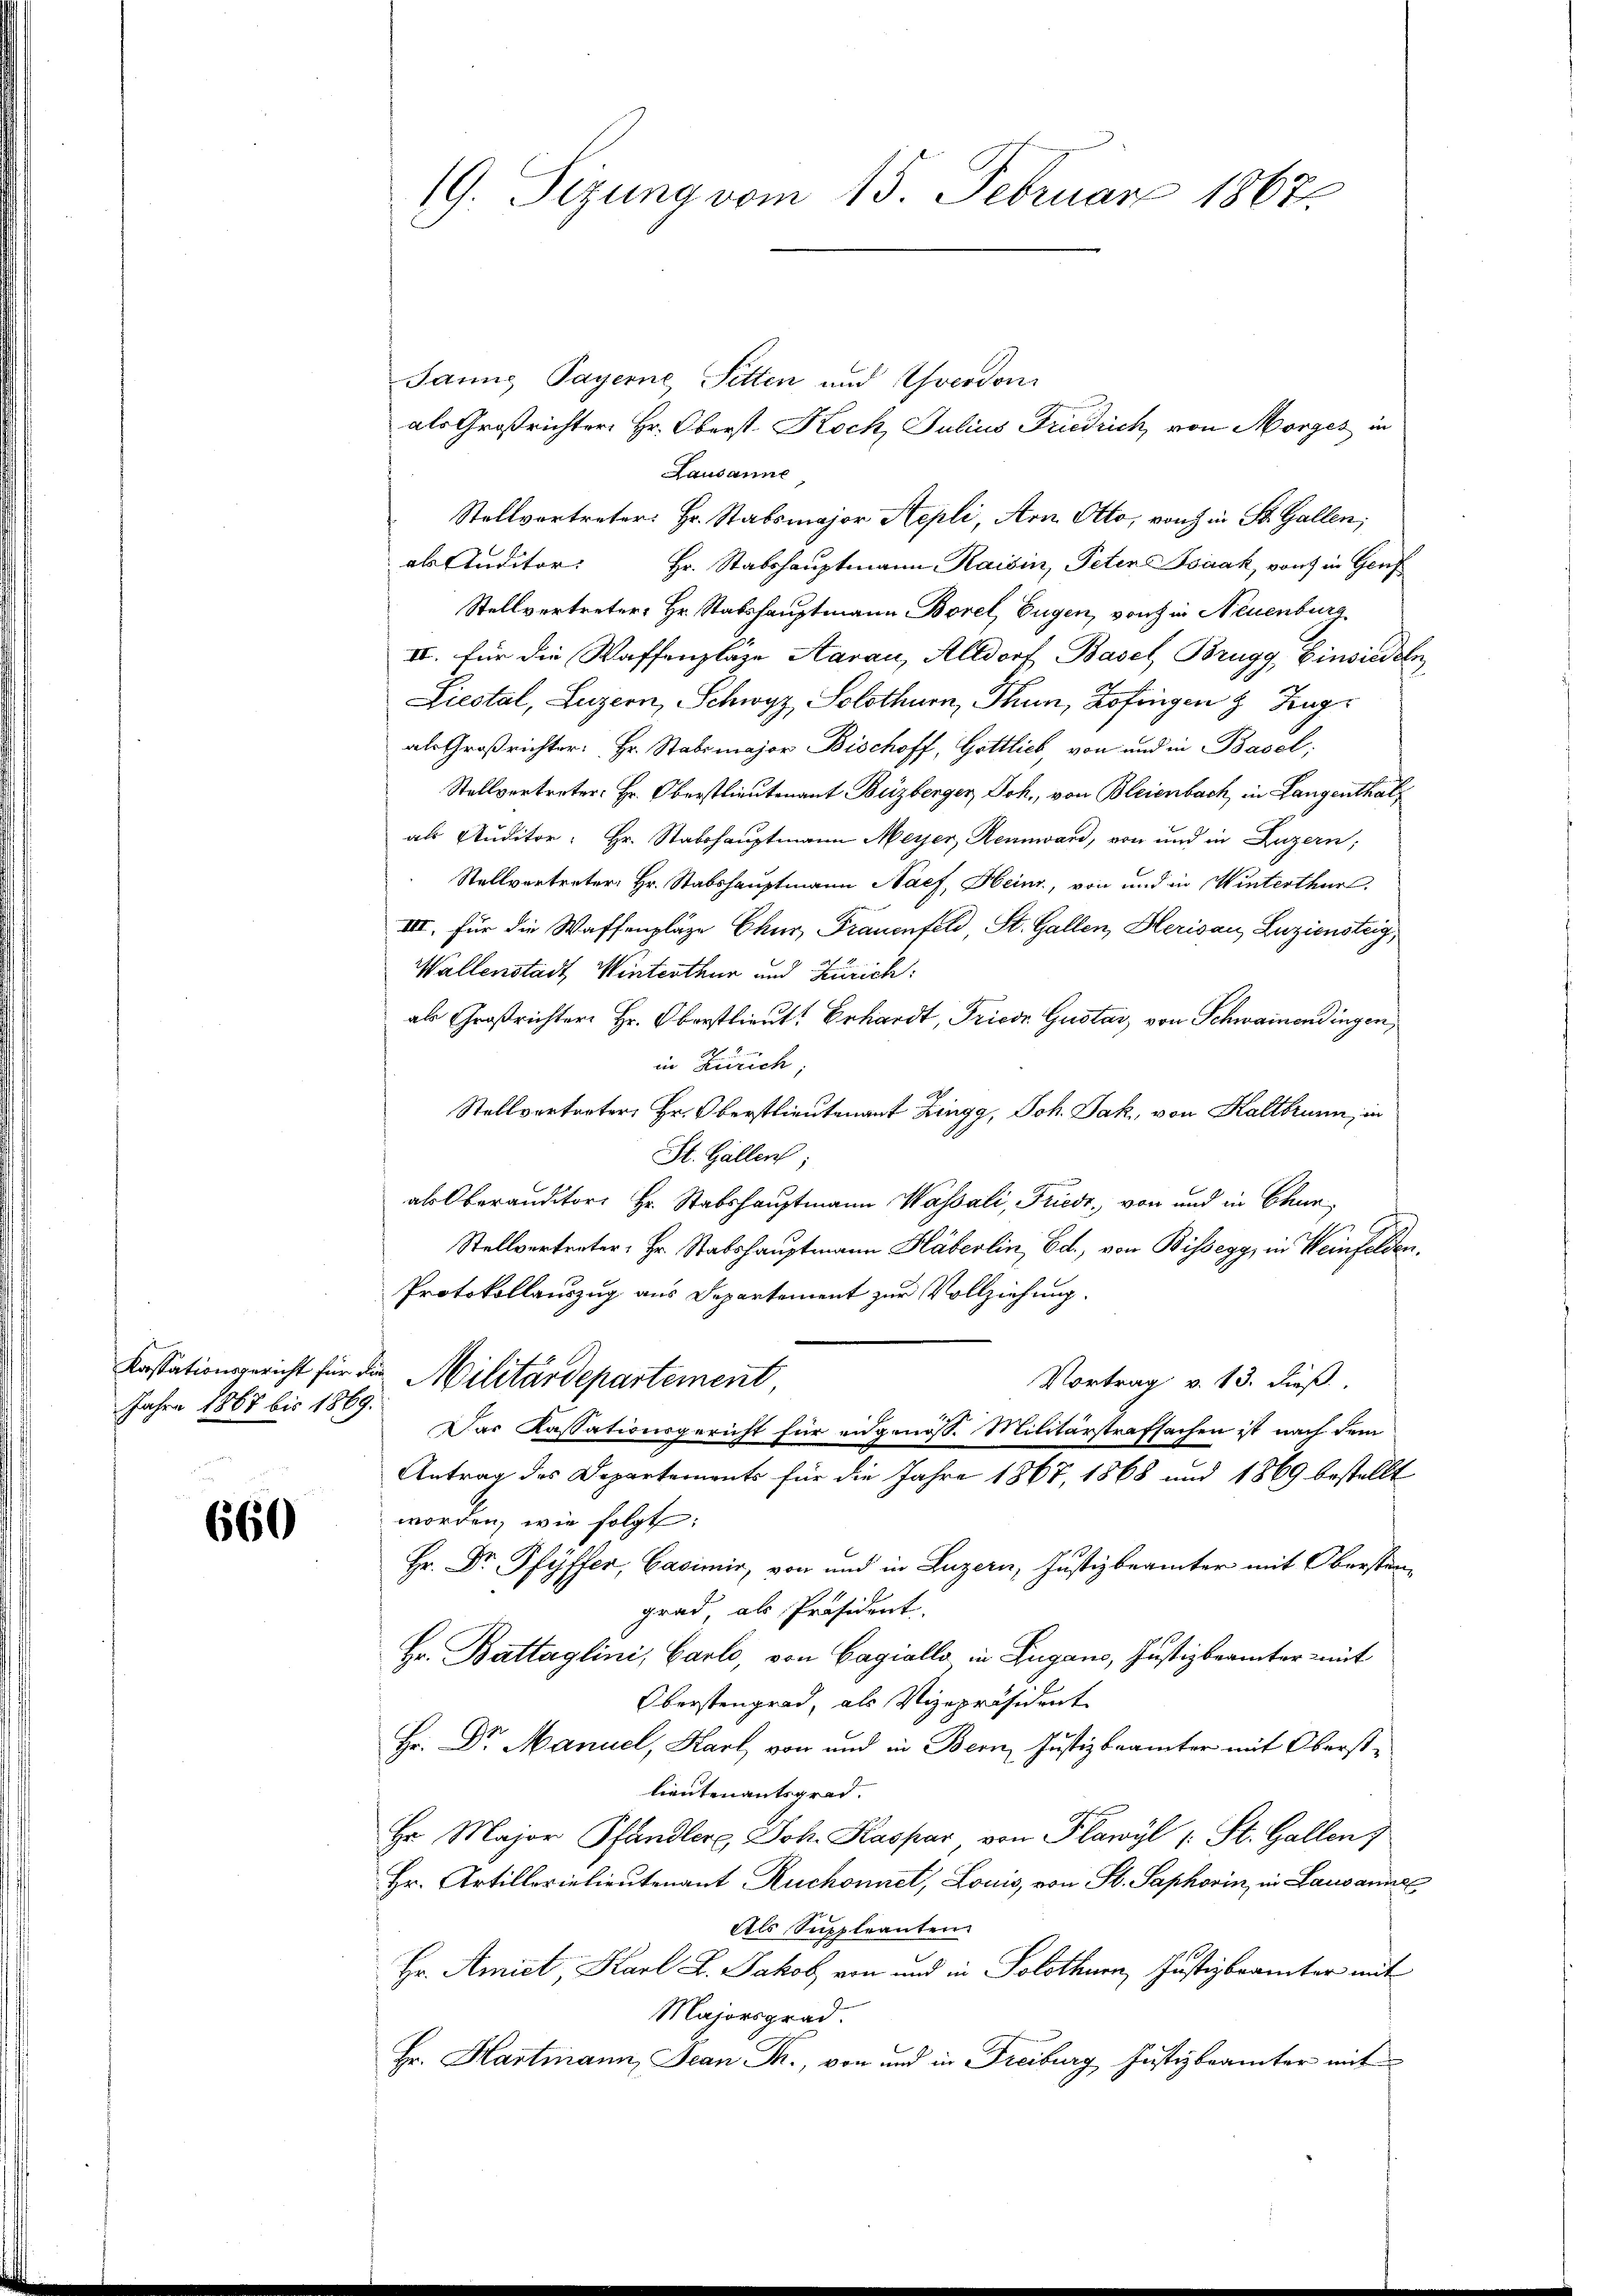
Kassationsgericht für
Jahre 1867 bis 1869

660

19. Sizung vom 15. Februar 1867

Janng Payerne, Sitten und Yverdon
als Großrichter Hr. Oberst Koch, Julius Friedrich, von Morges in
Lausanne
Stellvertreter: Hr. Stabsmajor Repli, Arn. Otto, von in St. Gallen;
ab Auditor Hr. Stabshauptmann Kaisin, Peten Isaak, von in Genf
Stellvertreter: Hr. Stabshauptmann Borel, Eugen, von in Neuenburg
II. für die Waffenplaze Aarau, Altdorf Basel, Brugg, Einsiedeln
Liestal, Luzern, Schwyz, Solothurn, Thun, Zofingen & Zug
als Großrichter: Hr. Stabsmajor Bischoff, Gottlich, von und in Basel,
Stellvertreter: Hr. Oberstlieutenant Buzberger, Joh., von Bleienbach, in Langenthalals Auditor: Hr. Stabshauptmann Meyer, Rennward, von und in Luzern,
Stallvertreter: Hr. Stabshauptmann Nach, Heinr, von und in Winterthur
III. Für die Waffenpläge Chur, Frauenfeld, St. Gallen, Herisau, Luziensteig,
Wallenstadt, Winterthur und Zürich:
als Großrichter Hr. Oberstlieut. Erhardt, Friedr. Gustav von Schwainendingen,
in Zürich,
Stellvertreter, Hr. Oberstlieutenant Zingg, Joh. Jak, von Kaltbrunn, in
St. Gallen;
als Oberanditor Hr. Stabshauptmann Wassali, Friede, von und in Chur
Stellvertreter, Hr. Stabshauptmann Häberlin, Ed., von Bissegg, in Weinfelden.
Protokollauszug aus Departement zur Vollziehung.
2 Militärdepartement
Vortrag v. 13. dieß,
Das Kassationsgericht für eidgenöss. Militärstrafsachen ist nach dem
Antrag des Departements für die Jahre 1867, 1868 und 1869 bestellt
worden, wie folgt:
Hr. Dr. Pfyffer, Casimir, von und in Luzern, Justizbeämter mit Oberstengrad, als Präsident.
Hr. Battaglini, Carlo, von Gagialls in Zugano, Justizbrämter mit
Oberstengrad, als Vizepräsident
Hr. Dr. Manuel, Karl, von und in Bern, Justizbeamter mit Oberstlieutenantsgrad.
Hr. Major Pfandler Joh. Kaspar von Plawyl (: St. Gallens
Hr. Artillerielieutenant Ruchonnet, Louis, von St. Saphorin, in Lausannes
Als Suppleanten.
Hr. Amiet, Karl L. Jakob von und in Solothurn, Justizbrämter mit
Majorsgrad.
Hr. Hartmann, Jean Fr., von und in Freiburg Justizbrämter mit